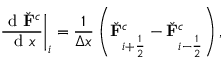
\left. \frac { \mathrm { ~ d ~ } \check { \mathbf { F } } ^ { c } } { \mathrm { ~ d ~ } x } \right| _ { i } = \frac { 1 } { \Delta x } \left( \check { \mathbf { F } } _ { i + \frac { 1 } { 2 } } ^ { c } - \check { \mathbf { F } } _ { i - \frac { 1 } { 2 } } ^ { c } \right) ,